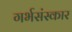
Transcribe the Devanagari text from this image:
गर्भसंस्कार